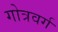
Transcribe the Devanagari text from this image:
गोत्रवर्ग